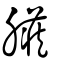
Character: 臟